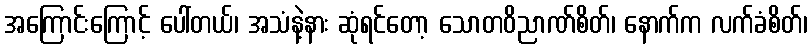
အကြောင်းကြောင့် ပေါ်တယ်၊ အသံနဲ့နား ဆုံရင်တော့ သောတဝိညာဏ်စိတ်၊ နောက်က လက်ခံစိတ်၊